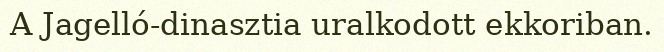
A Jagelló-dinasztia uralkodott ekkoriban.